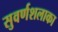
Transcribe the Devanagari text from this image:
सुवर्णशलाका